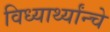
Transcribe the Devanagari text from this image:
विध्यार्थ्यांन्चे